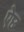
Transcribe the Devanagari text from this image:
ऐछ